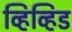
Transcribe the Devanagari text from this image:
व्हिव्हिड